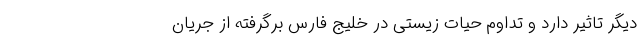
دیگر تاثیر دارد و تداوم حیات زیستی در خلیج فارس برگرفته از جریان